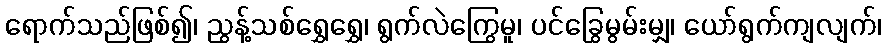
ရောက်သည်ဖြစ်၍၊ ညွန့်သစ်ရွှေရွှေ၊ ရွက်လဲကြွေမူ၊ ပင်ခြွေမွမ်းမျှ၊ ယော်ရွက်ကျလျက်၊